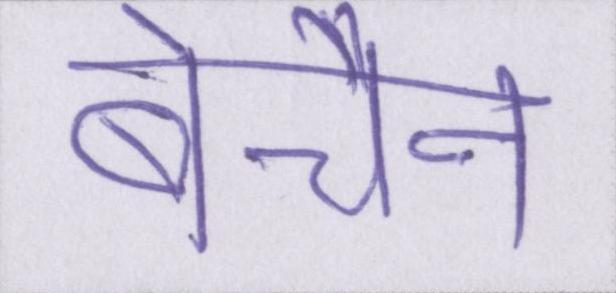
बेचैन